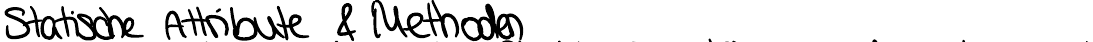
Statische Attribute & Methoden